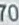
700